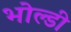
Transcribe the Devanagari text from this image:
भोल्डी